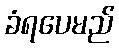
ခံရပေမည်